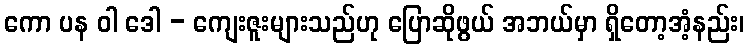
ကော ပန ဝါ ဒေါ - ကျေးဇူးများသည်ဟု ပြောဆိုဖွယ် အဘယ်မှာ ရှိတော့အံ့နည်း၊